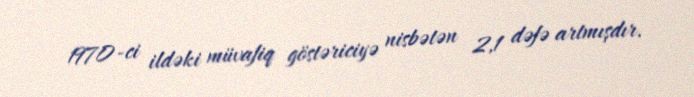
1970-ci ildəki müvafiq göstəriciyə nisbətən 2,1 dəfə artmışdır.